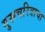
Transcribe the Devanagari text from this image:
गुरूचरित्राचा